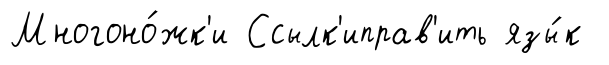
Многоно́жк'и Ссылк'иправ'ить язы́к